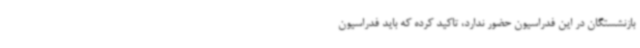
بازنشستگان در این فدراسیون حضور ندارد، تاکید کرده که باید فدراسیون